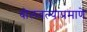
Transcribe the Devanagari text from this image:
बोलवल्याप्रमाणे